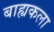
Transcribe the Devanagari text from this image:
बाह्यकला